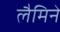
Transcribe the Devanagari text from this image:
लैमिने